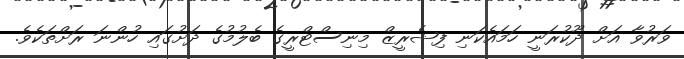
ވަރުވާ އަށް ދޫކުރަނީ ހަމައެކަނި ފިޝެރީޒް މިނިސްޓްރީގެ ބެލުމުގެ ދަށުގައި ހުންނަ ރަށްތަކެވެ.